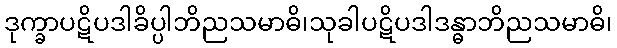
ဒုက္ခာပဋိပဒါခိပ္ပါဘိညသမာဓိ၊သုခါပဋိပဒါဒန္ဓာဘိညသမာဓိ၊